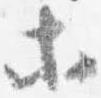
等